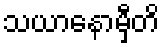
သယာနောမှီတိ